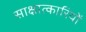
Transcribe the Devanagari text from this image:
साक्षात्कारियों